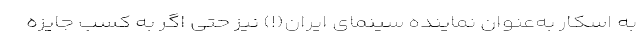
به اسکار به‌عنوان نماینده سینمای ایران(!) نیز حتی اگر به کسب جایزه